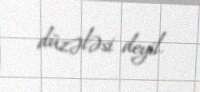
düzələsi deyil.